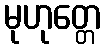
မုဟုတ္တေ